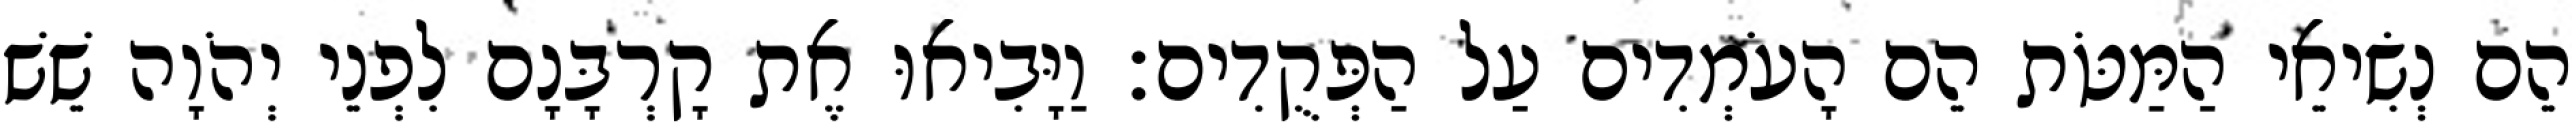
הֵם נְשִׂיאֵי הַמַּטֹּת הֵם הָעֹמְדִים עַל הַפְּקֻדִים׃ וַיָּבִיאוּ אֶת קָרְבָּנָם לִפְנֵי יְהֹוָה שֵׁשׁ